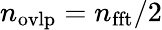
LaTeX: n_{\mathrm{{ovlp}}}=n_{\mathrm{{fft}}}/2